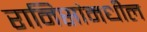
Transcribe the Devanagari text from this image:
रानिसांमधील